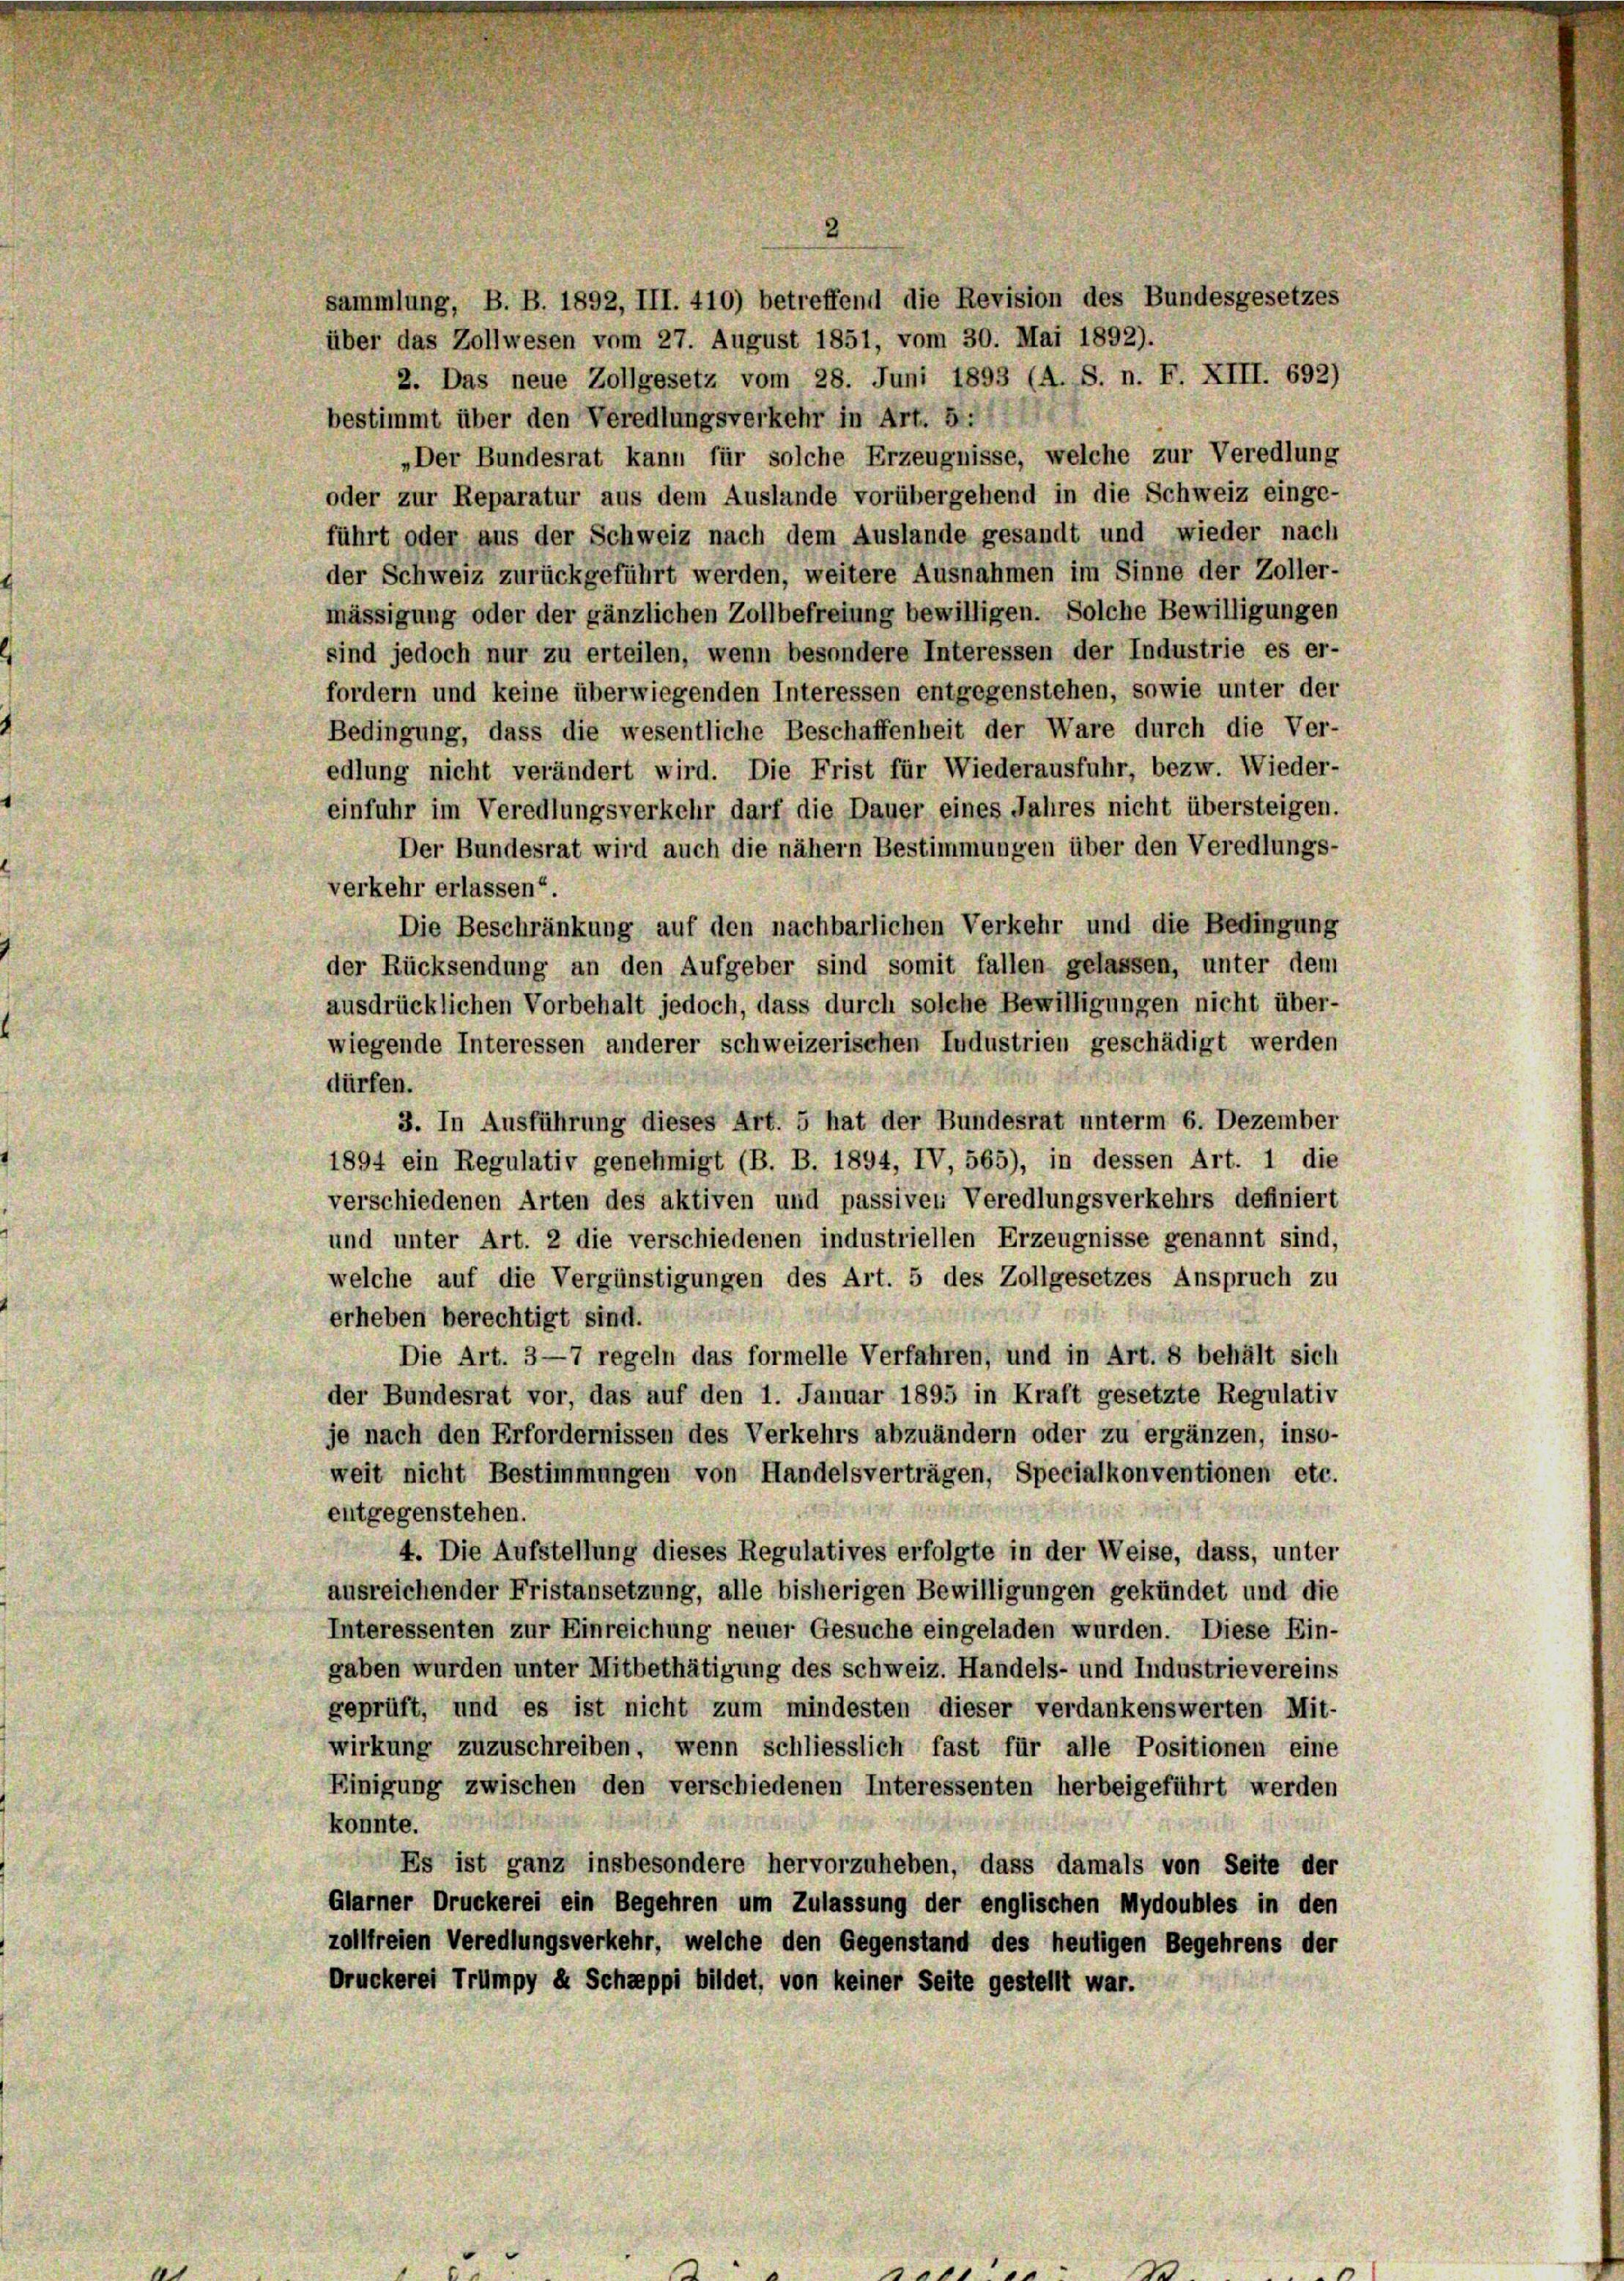
sammlung, B. B. 1892, III. 410) betreffend die Revision des Bundesgesetzes
über das Zollwesen vom 27. August 1851, vom 30. Mai 1892).
2. Das neue Zollgesetz vom 28. Juni 1893 (A. S. n. F. XIII. 692)
bestimmt über den Veredlungsverkehr in Art. 5.
„Der Bundesrat kann für solche Erzeugnisse, welche zur Veredlung
oder zur Reparatur aus dem Auslande vorübergehend in die Schweiz einge-
führt oder aus der Schweiz nach dem Auslande gesandt und wieder nach
der Schweiz zurückgeführt werden, weitere Ausnahmen im Sinne der Zoller-
mässigung oder der gänzlichen Zollbefreiung bewilligen. Solche Bewilligungen
sind jedoch nur zu erteilen, wenn besondere Interessen der Industrie es er-
fordern und keine überwiegenden Interessen entgegenstehen, sowie unter der
Bedingung, dass die wesentliche Beschaffenheit der Ware durch die Ver-
edlung nicht verändert wird. Die Frist für Wiederausfuhr, bezw. Wieder-
einfuhr im Veredlungsverkehr darf die Dauer eines Jahres nicht übersteigen.
Der Bundesrat wird auch die nähern Bestimmungen über den Veredlungs-
verkehr erlassen“.
Die Beschränkung auf den nachbarlichen Verkehr und die Bedingung
der Rücksendung an den Aufgeber sind somit fallen gelassen, unter dem
ausdrücklichen Vorbehalt jedoch, dass durch solche Bewilligungen nicht über-
wiegende Interessen anderer schweizerischen Industrien geschädigt werden
dürfen.
3. In Ausführung dieses Art. 5 hat der Bundesrat unterm 6. Dezember
1894 ein Regulativ genehmigt (B. B. 1894, IV, 565), in dessen Art. 1 die
verschiedenen Arten des aktiven und passiven Veredlungsverkehrs definiert
und unter Art. 2 die verschiedenen industriellen Erzeugnisse genannt sind,
welche auf die Vergünstigungen des Art. 5 des Zollgesetzes Anspruch zu
erheben berechtigt sind.
Die Art. 3—7 regeln das formelle Verfahren, und in Art. 8 behält sich
der Bundesrat vor, das auf den 1. Januar 1895 in Kraft gesetzte Regulativ
je nach den Erfordernissen des Verkehrs abzuändern oder zu ergänzen, inso-
weit nicht Bestimmungen von Handelsverträgen, Specialkonventionen etc.
t
entgegenstehen.
4. Die Aufstellung dieses Regulatives erfolgte in der Weise, dass, unter
ausreichender Fristansetzung, alle bisherigen Bewilligungen gekündet und die
Interessenten zur Einreichung neuer Gesuche eingeladen wurden. Diese Ein-
gaben wurden unter Mitbethätigung des Schweiz. Handels- und Industrievereins
geprüft, und es ist nicht zum mindesten dieser verdankenswerten Mit-
wirkung zuzuschreiben, wenn schliesslich fast für alle Positionen eine
Einigung zwischen den verschiedenen Interessenten herbeigeführt werden
konnte.
Es ist ganz insbesondere hervorzuheben, dass damals von Seite der
Glarner Druckerei ein Begehren um Zulassung der englischen Mydoubles in den
zollfreien Veredlungsverkehr, welche den Gegenstand des heutigen Begehrens der
Druckerei Trümpy d. Schäppi bildet, von keiner Seite gestellt war.